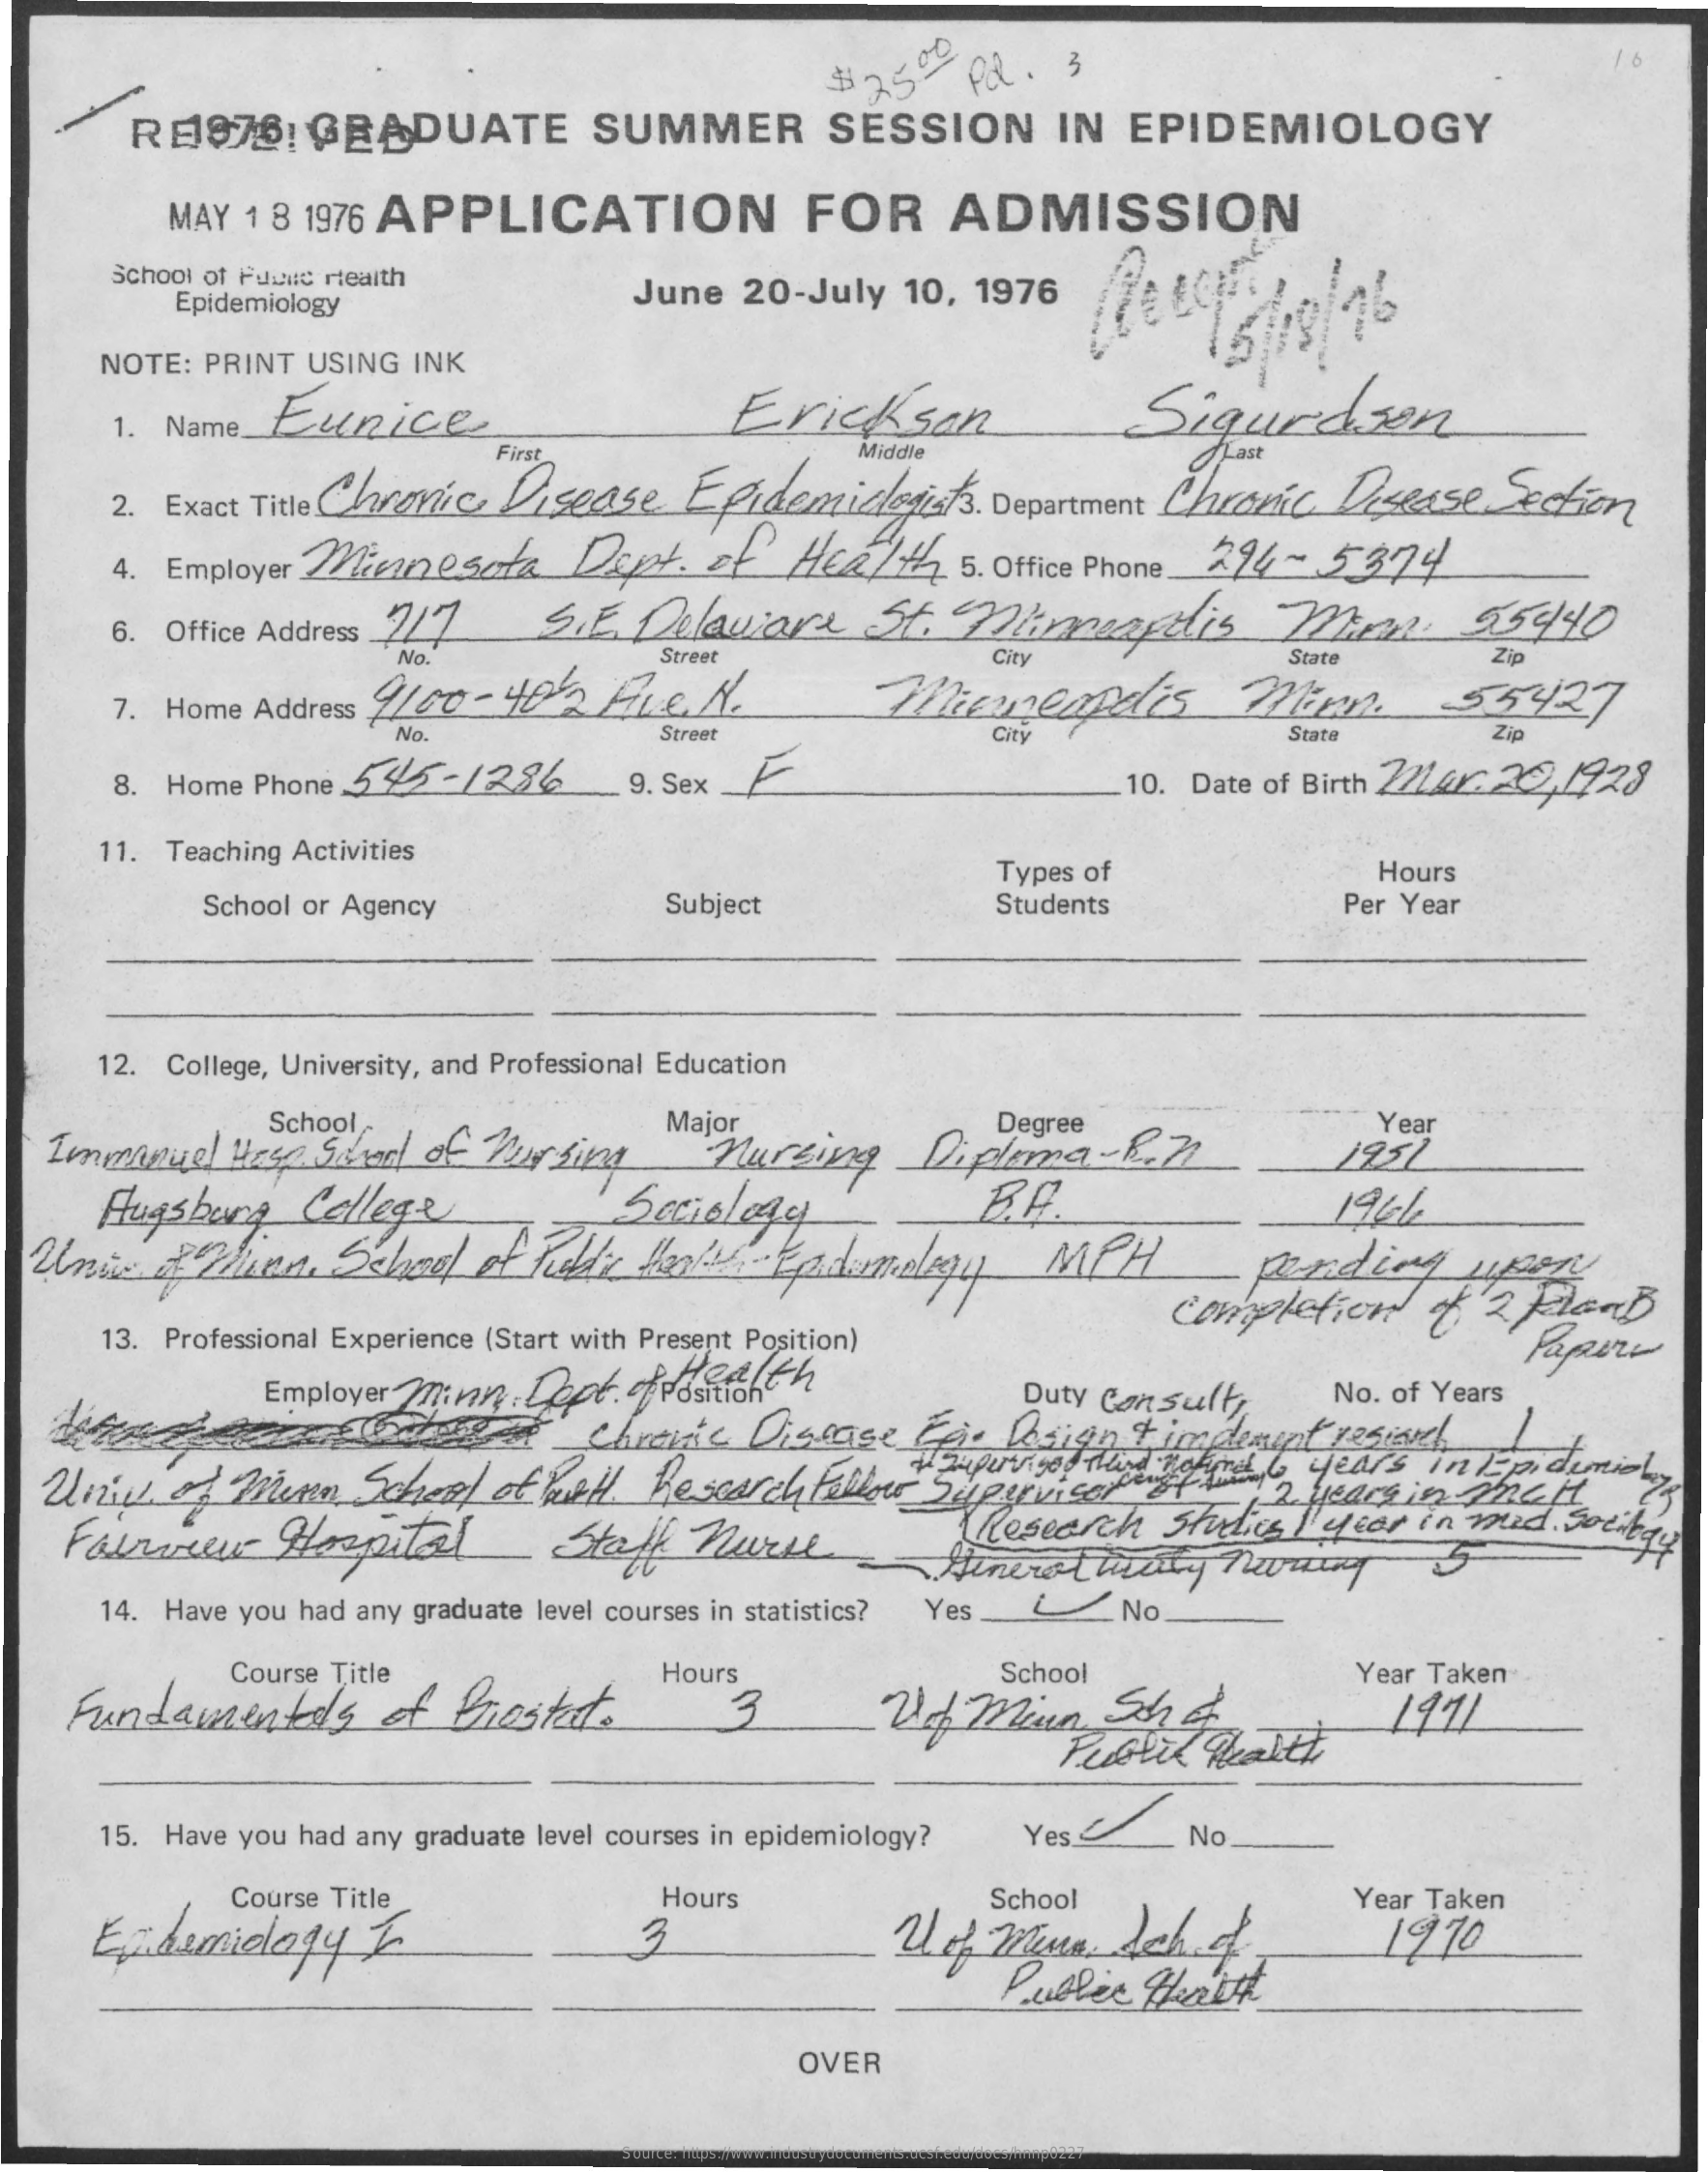
RE1876:  GRADUATE    SUMMER    SESSION    IN EPIDEMIOLOGY
     $2800 PQ . 3
     MAY 1 8 1976 APPLICATION    FOR    ADMISSION
     School of Fuinie rtealth
     Epidemiology    June 20-July 10, 1976
     NOTE: PRINT USING INK
     1. Name Eunice    Ericksan    Sigurdsen
     2. Exact Title Chronic Disease Epidemiclogists. Department Chronic Disease Section
     First    Middle    Last
     4. Employer Minnesota Dept. of Health  5. Office Phone 294-5374
     6. Office Address _ 717 S.E Delaviare St. Minneapolis Mien.    55940
     9100- 40   Pie. N.
     No.    Street
     Tienegodis    Mirn.
     City    State    Zip
     7. Home Address    City
     -55427
     No.    Street    State    Zip
     8. Home Phone 5 45-1286 . 9. Sex F
     10. Date of Birth 224 20.1923
     11. Teaching Activities
     Hours
     Subject
     Types of
     School or Agency    Students    Per Year
     12. College, University, and Professional Education
     School
   Immanuel Hase Sinal of Pursing
     Major    Degree
     nursing   Diploma  -8.71
     Year
     1951
     Augsburg College    Sociology
  Uni  often    School of rede theale Epidemiology MPH
     1946
     poriding  upon
     13. Professional Experience (Start with Present Position)
     completion  of a PlanB
     Employer Minn: Dept. ofposition Health
     Bare    Chronic Disease Ca. design t implement resiare
     Duty Consult  No. of Years
  Unive of Munn  School of well Research Fellow Supervisar
     Supervised Meine w, Varsin man
     46 years in Epidemioly
     Research Studies I year in mid Sociegy Faire Hospital Staff navide - Minerotwarty nuvaring
     14. Have you had any graduate level courses in statistics? Yes L No.
     Course Title
   Fundamentals   of Biostat .
     Hours
     3
     School
     Wot minin Ster
     Year Taken
     19:11
     15. Have you had any graduate level courses in epidemiology? Yes No
     Course Title
    Exhemiology  k
     Hours    School
     Ue  mura  Ich of
     Year Taken
     Public Health
     1970
     OVER
     Source: https://www.industrydocuments.ucsf.edu/docs/hnnp0227